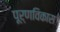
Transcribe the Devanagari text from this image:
पूर्णविकास